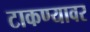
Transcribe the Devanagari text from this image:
टाकण्यावर